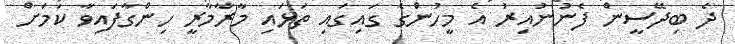
ދެ ބިދޭސީން ފެނުނުއިރު އެ މީހުންގެ ގައިގަައި ތަޅައި މާރާމާރީ ހިންގާފައިވާ ކަމަށް